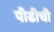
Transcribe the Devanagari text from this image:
पीढीची